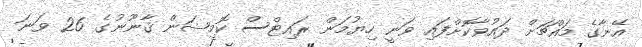
އޭނާގެ މައްޗަށް ދައުވާކޮށްފައި ވަނީ ހިޔުމަން ރައިޓްސް ކޮމިޝަން ޤާނޫނުގެ 26 ވަނަ